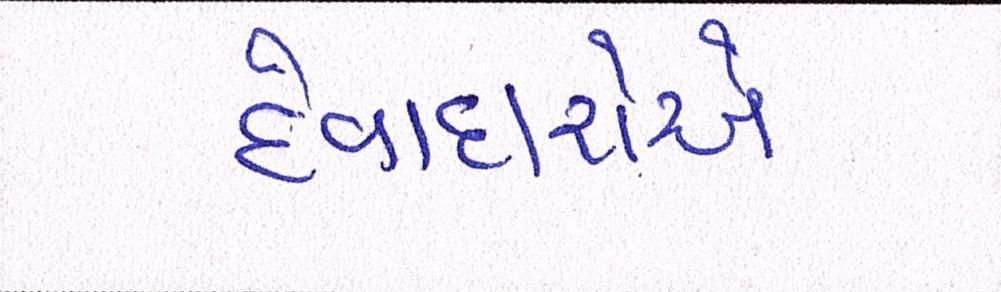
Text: દેવાદારોએ